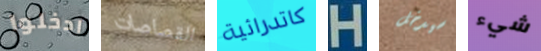
ادخلوا القصاصات كاتدرائية H سيدخل شيء